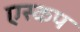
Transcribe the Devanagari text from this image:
एस्कप